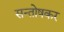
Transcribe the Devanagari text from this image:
सन्तोषकर